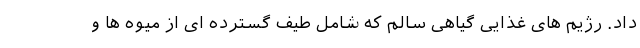
داد. رژیم های غذایی گیاهی سالم که شامل طیف گسترده ای از میوه ها و